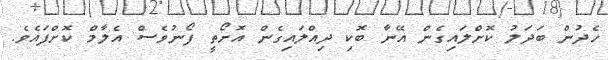
ހެދުން ބަދަލު ކޮށްލައިގެން އޭނާ ބޮކި ދިއްލައިގެން އޮށޯތީ ފޯނުވެސް އެލާމް ކޮށްފައެވެ.